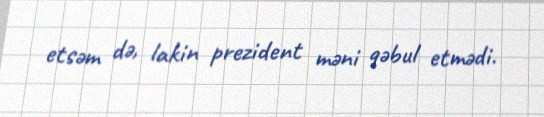
etsəm də, lakin prezident məni qəbul etmədi.